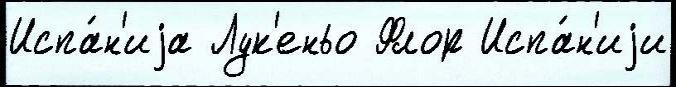
Испа́н'иjа Лук'еньо Флор Испа́н'иjи